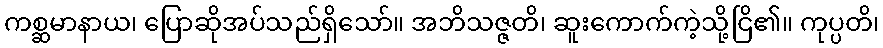
ကစ္ဆမာနာယ၊ ပြောဆိုအပ်သည်ရှိသော်။ အဘိသဇ္ဇတိ၊ ဆူးကောက်ကဲ့သို့ငြိ၏။ ကုပ္ပတိ၊